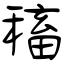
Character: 稸